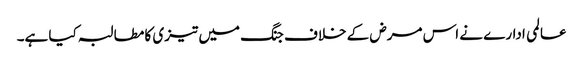
عالمی ادارے نے اس مرض کے خلاف جنگ میں تیزی کا مطالبہ کیا ہے۔